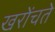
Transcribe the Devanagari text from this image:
खरोंचते